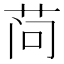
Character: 𬜬